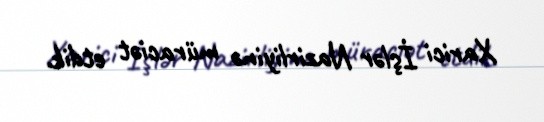
Xarici İşlər Nazirliyinə müraciət etdik.